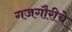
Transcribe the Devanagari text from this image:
गजगौरीचे